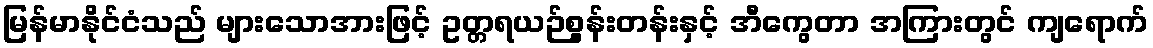
မြန်မာနိုင်ငံသည် များသောအားဖြင့် ဥတ္တရယဉ်စွန်းတန်းနှင့် အီကွေတာ အကြားတွင် ကျရောက်